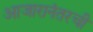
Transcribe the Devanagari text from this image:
आजारानंतरची